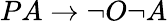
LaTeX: PA\to\lnot O\lnot A